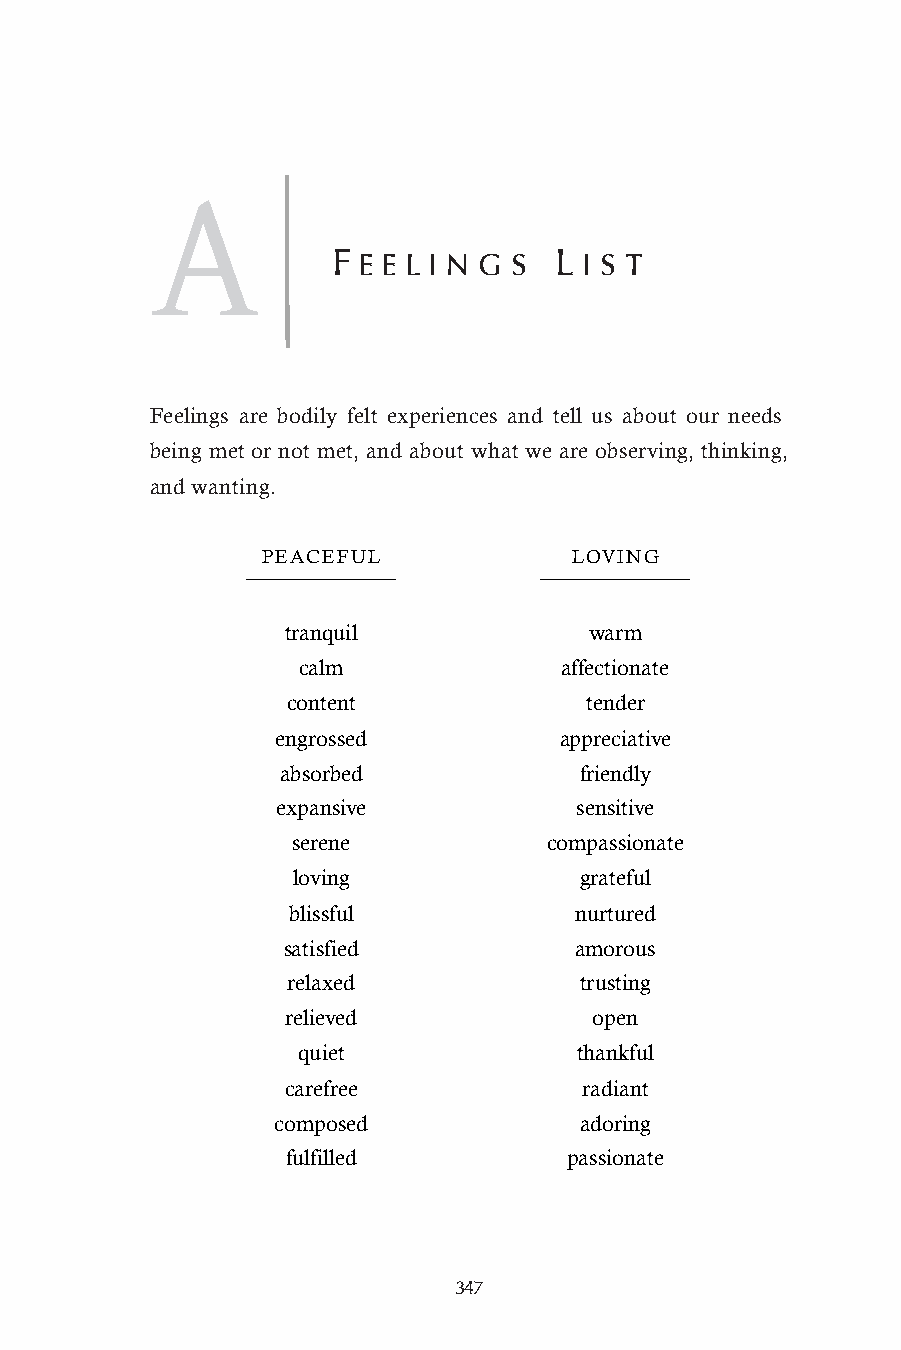
A
 F E E L I N G S L I S T
 Feelings are bodily felt experiences and tell us about our needs
 being met or not met, and about what we are observing, thinking,
 and wanting.
 PEACEFUL             LOVING
 tranquil            warm
 calm             affectionate
 content             tender
 engrossed          appreciative
 absorbed            friendly
 expansive           sensitive
 serene           compassionate
 loving             grateful
 blissful           nurtured
 satisfied          amorous
 relaxed            trusting
 relieved            open
 quiet             thankful
 carefree            radiant
 composed            adoring
 fulfilled         passionate
 347